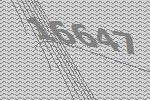
16647